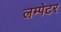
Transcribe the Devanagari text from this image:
लम्पेटर